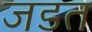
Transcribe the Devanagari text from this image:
जडत